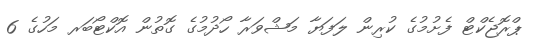
ޕްރޮޖެކްޓް ފެށުމުގެ ކުރިން ލަފަޔާ މަޝްވަރާ ހޯދުމުގެ ގޮތުން އޮކްޓޯބަރ މަހުގެ 6